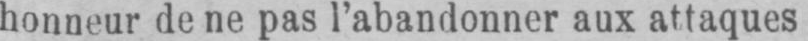
honneur de ne pas l’abandonner aux attaques